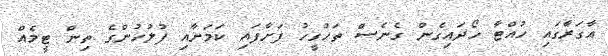
އާގަރާގައި ހުއްޓާ ހޯދައިގެން ގެނެސް ތަހުގީހު ފަށާފައި ކަމަށާއި ފުލުހުންގެ ތިން ޓީމެއް